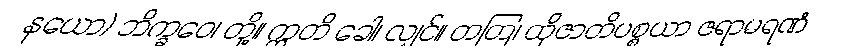
နယော) ဘိက္ခဝေ၊ တို့။ ဣတိ ခေါ၊ လျှင်။ တတြ၊ ထိုဇာတိပစ္စယာ ဇရာမရဏံ